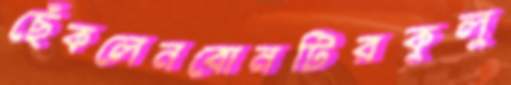
ছেঁকলেনবোনটিরকুলু